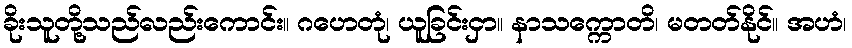
ခိုးသူတို့သည်လည်းကောင်း။ ဂဟေတုံ၊ ယူခြင်းငှာ။ နာသက္ကောတိ၊ မတတ်နိုင်။ အဟံ၊